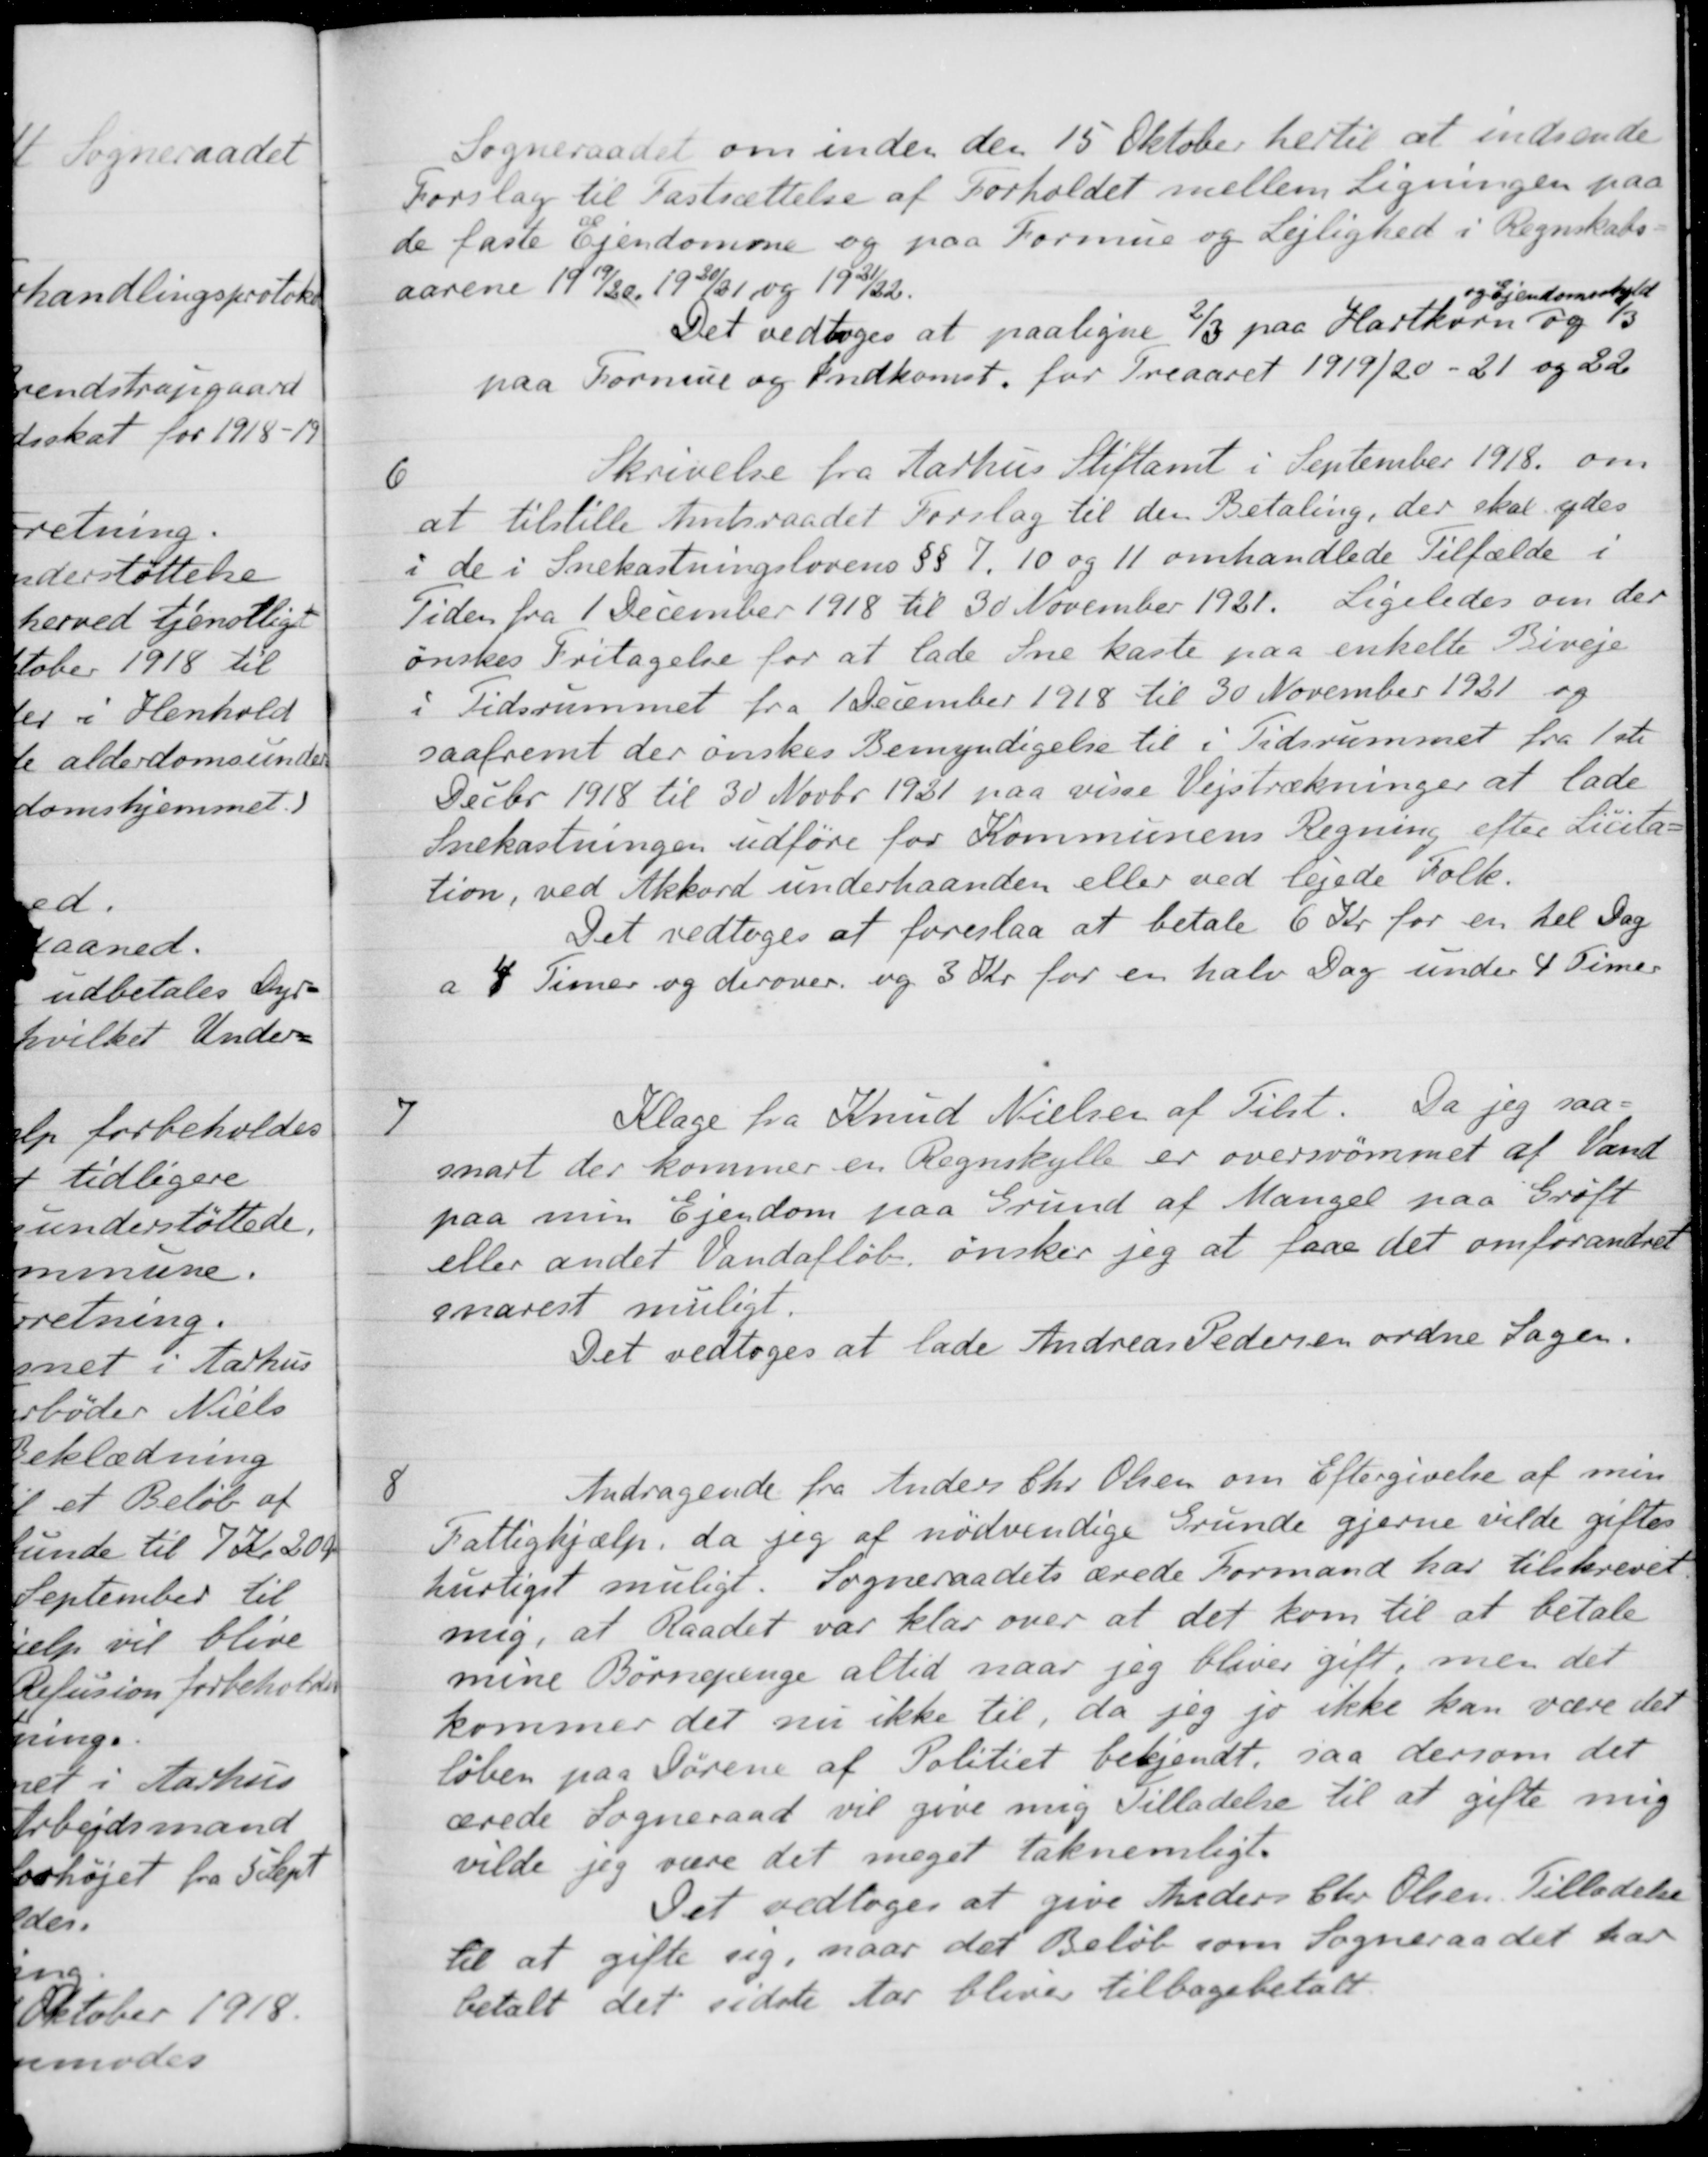
Transskription:
Sogneraadet om inden den 15 Oktober hertil at indsende
Forslag til Fastsættelse af Forholdet mellem Ligningen paa
de faste Ejendomme og paa Formue og Lejlighed i Regnskabs-
aarene 1919/20 1920/21 og 1921/22.
Det vedtoges at paaligne 2/3 paa Hartkorn
og Ejendomsskyld
og 1/3
paa Formue og indkomst, for Treaaret 1919/20 - 21 og 22
6
Skrivelse fra Aarhus Stiftamt i September 1918 om
at tilstille Amtsraadet Forslag til den Betaling, der skal ydes
i de i Snekastningslovens §§ 7, 10 og 11 omhandlede Tilfælde i
Tiden fra 1 December 1918 til 30 November 1921.
Ligeledes om der
ønskes Fritagelse for at lade Sne kaste paa enkelte Biveje
i Tidsrummet fra 1 December 1918 til 30 November 1921 og
saafremt der ønskes Bemyndigelse til i Tidsrummet fra 1ste
Decbr 1918 til 30 Novbr 1921 paa visse Vejstrækninger at lade
Snekastningen udføre for Kommunens Regning efter Licita-
tion, ved Akkord underhaanden eller ved lejede Folk.
Det vedtoges at foreslaa at betale 6 Kr for en hel Dag
a 4 Timer og derover og 3 Kr for en halv Dag under 4 Timer
7
Klage fra Knud Nielsen af Tilst.
 Da jeg saa-
snart der kommer en Regnskylle er oversvømmet af Vand
paa min Ejendom paa Grund af Mangel paa Grøft
eller andet Vandafløb, ønsker jeg at faae det omforandret
snarest muligt.
Det vedtoges at lade Andreas Pedersen ordne Sagen.
8
Andragende fra Anders Chr Olsen om Eftergivelse af min
Fattighjælp, da jeg af nødvendige Grunde gjerne vilde giftes
hurtigst muligt. Sogneraadets ærede Formand har tilskrevet
mig, at Raadet var klar over at det kom til at betale
mine Børnepenge altid naar jeg bliver gift, men det
kommer det nu ikke til, da jeg jo ikke kan være det
løben paa Dørene af Politiet bekjendt, saa dersom det
ærede Sogneraad vil give mig Tilladelse til at gifte mig
vilde jeg være det meget taknemligt.
Det vedtoges at give Anders Chr Olsen Tilladelse
til at gifte sig, naar det Beløb som Sogneraadet har
betalt det sidste Aar bliver tilbagebetalt